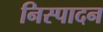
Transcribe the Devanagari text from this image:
निस्पादन